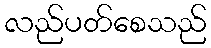
လည်ပတ်စေသည်